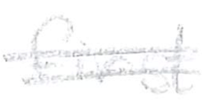
Text: first
Cross-out: double-line
Writing tool: pencil